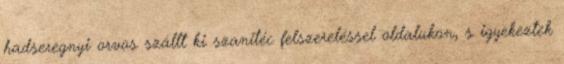
hadseregnyi orvos szállt ki szanitéc felszereléssel oldalukon, s igyekeztek